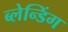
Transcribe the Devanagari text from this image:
ब्लेन्डिंग